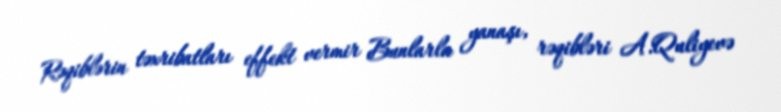
Rəqiblərin təxribatları effekt vermir Bunlarla yanaşı, rəqibləri A.Quliyevə